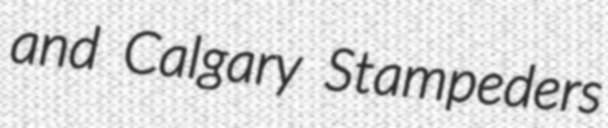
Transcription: and Calgary Stampeders